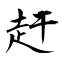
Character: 赶